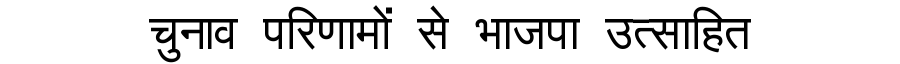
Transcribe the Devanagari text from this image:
चुनाव परिणामों से भाजपा उत्साहित